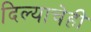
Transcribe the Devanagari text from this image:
दिल्याचेही